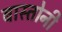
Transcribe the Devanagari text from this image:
बास्तोनी